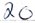
Text: 20